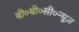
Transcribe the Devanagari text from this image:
बी०बी०सी०न्यूज़